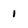
Character: 1